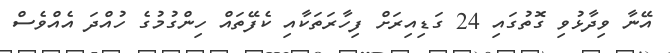
އޭނާ ވިދާޅުވި ގޮތުގައި 24 ގަޑިިއިރަށް ފިހާރަތަކާއި ކެފޭތައް ހިންގުމުގެ ހުއްދަ އެއްވެސް